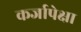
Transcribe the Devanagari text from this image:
कर्जापेक्षा